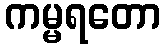
ကမ္မရတော